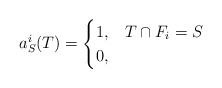
\begin{align*}a^i_S(T) = \begin{cases}1, & T \cap F_i = S \\0, &\end{cases}\end{align*}